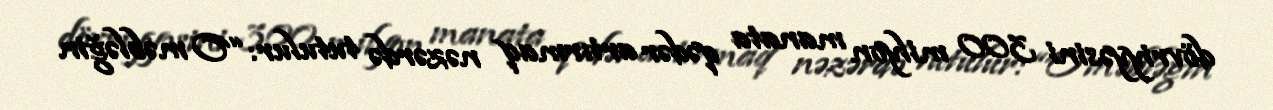
dövriyyəsini 300 milyon manata qədər artırmaq nəzərdə tutulur: “O məbləğin